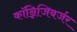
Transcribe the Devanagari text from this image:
कॉन्निजिबर्जर